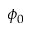
\phi _ { 0 }